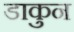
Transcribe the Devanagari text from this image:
डाकुन